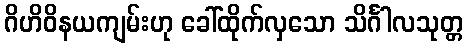
ဂိဟိဝိနယကျမ်းဟု ခေါ်ထိုက်လှသော သိင်္ဂါလသုတ္တ